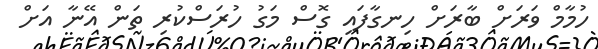
ހުމާމް ވަރަށް ބާރަށް ހިނގާފައި ގޮސް މަގު ހުރަސްކުރި ތަން އޭނާ އަށް